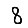
Digit: 8